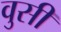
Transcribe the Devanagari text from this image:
वुसी